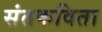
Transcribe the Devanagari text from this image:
संतकविता